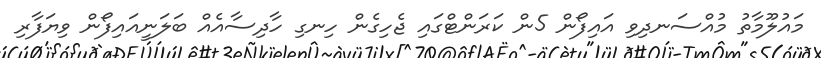
މައުލޫމާތު މުއްސަނދިވި އައިފޯން 5ން ކަރަންޓްގައި ޖެހިގެން ހިނގި ހާދިސާއެއް ބަލަނީއައިފޯން ވިޔަފާރި